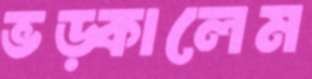
ভড়্‌কালেম